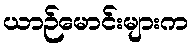
ယာဉ်မောင်းများက